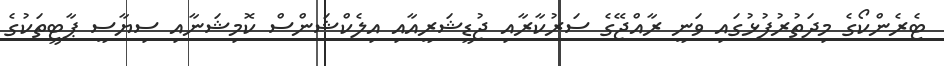
ޓެރެންކޯގެ މިދަތުރުފުޅުގައި ވަނީ ރާއްޖޭގެ ސަރުކާރާއި ޖުޑީޝަރީއާއި އިލެކްޝަންސް ކޮމިޝަނާއި ސިޔާސީ ޕާޓީތަކުގެ